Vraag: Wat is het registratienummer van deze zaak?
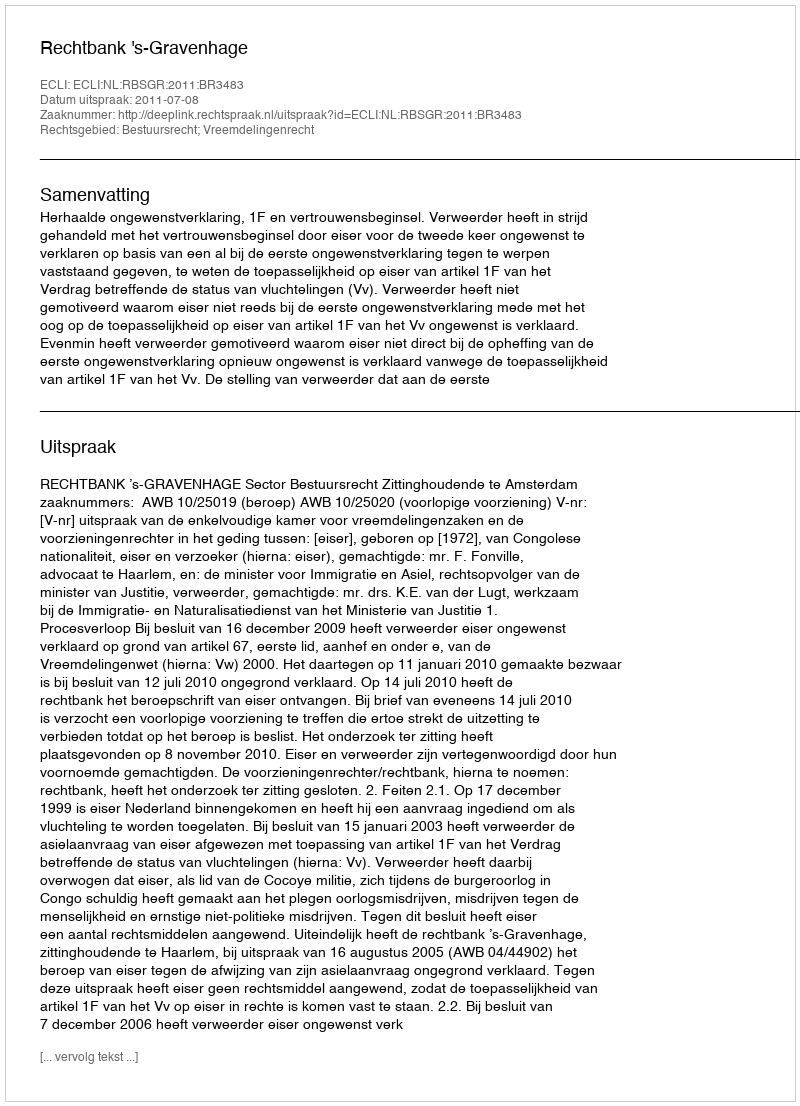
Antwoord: http://deeplink.rechtspraak.nl/uitspraak?id=ECLI:NL:RBSGR:2011:BR3483